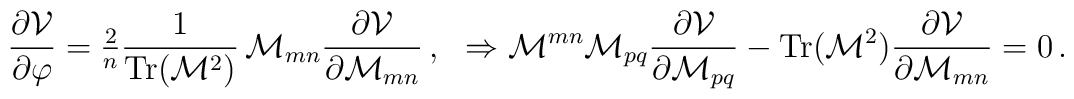
\frac{\partial {\cal V}}{\partial \varphi} = {\textstyle\frac{2}{n}} \frac{1}{{\rm Tr}({\cal M}^2)}\, {\cal M}_{mn}   \frac{\partial {\cal V}}{\partial {\cal M}_{mn}}\, ,\,\,\,\,\Rightarrow {\cal M}^{mn}{\cal M}_{pq} \frac{\partial {\cal V}}{\partial {\cal M}_{pq}} - {\rm Tr}({\cal M}^2) \frac{\partial {\cal V}}{\partial {\cal M}_{mn}} = 0\, .